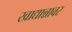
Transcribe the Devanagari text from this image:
खाद्यान्नावर